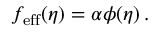
f _ { \mathrm { e f f } } ( \eta ) = \alpha \phi ( \eta ) \, .